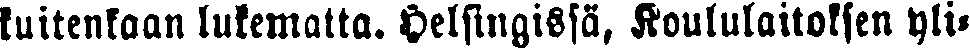
kutenkaan lukematta. Helsingissä, Koululaitoksen yli-